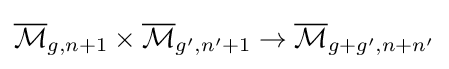
{\overline {\mathcal {M}}}_{g,n+1}\times {\overline {\mathcal {M}}}_{g',n'+1}\to {\overline {\mathcal {M}}}_{g+g',n+n'}